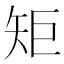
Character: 矩